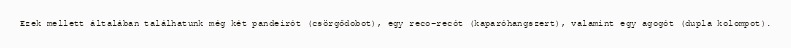
Ezek mellett általában találhatunk még két pandeirót (csörgődobot), egy reco-recót (kaparóhangszert), valamint egy agogót (dupla kolompot).